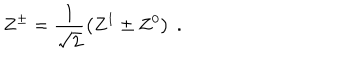
Z ^ { \pm } = \frac { 1 } { \sqrt { 2 } } \left( Z ^ { 1 } \pm Z ^ { 0 } \right) \ .